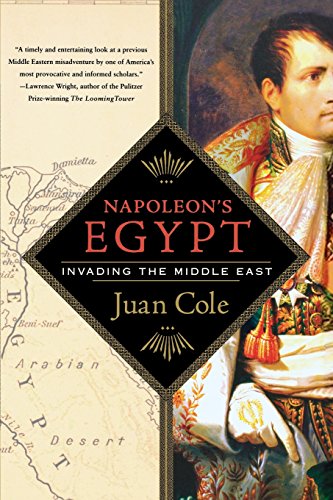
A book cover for Napoleon's Egypt: Invading the Middle East; Juan Cole; History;